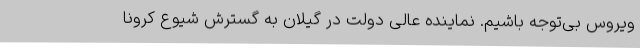
ویروس بی‌توجه باشیم. نماینده عالی دولت در گیلان به گسترش شیوع کرونا